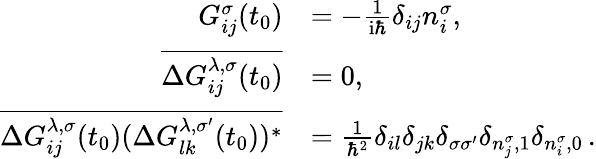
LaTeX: \begin{array}{rl}{G_{ij}^{\sigma}(t_{0})}&{=-\frac{1}{\mathrm{i}\hbar}\delta_{ij}n_{i}^{\sigma},}\\ {\overline{{\Delta G_{ij}^{\lambda,\sigma}(t_{0})}}}&{=0,}\\ {\overline{{\Delta G_{ij}^{\lambda,\sigma}(t_{0})(\Delta G_{lk}^{\lambda,\sigma^{\prime}}(t_{0}))^{*}}}}&{=\frac{1}{\hbar^{2}}\delta_{il}\delta_{jk}\delta_{\sigma\sigma^{\prime}}\delta_{n_{j}^{\sigma},1}\delta_{n_{i}^{\sigma},0}\, .}\end{array}